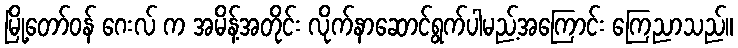
မြို့တော်ဝန် ဂေးလ် က အမိန့်အတိုင်း လိုက်နာဆောင်ရွက်ပါမည့်အကြောင်း ကြေညာသည်။